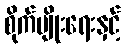
စိုက်ပျိုးရေးနှင့်